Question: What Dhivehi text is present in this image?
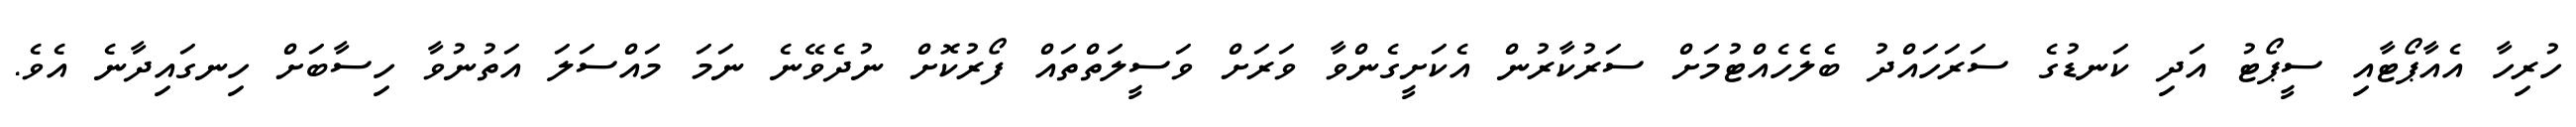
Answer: ހުރިހާ އެއާޕޯޓާއި ސީޕޯޓު އަދި ކަނޑުގެ ސަރަހައްދު ބެލެހެއްޓުމަށް ސަރުކާރުން އެކަށީގެންވާ ވަރަށް ވަސީލަތްތައް ފޯރުކޮށް ނުދެވޭނެ ނަމަ މައްސަލަ އަތުނުވާ ހިސާބަށް ހިނގައިދާނެ އެވެ.